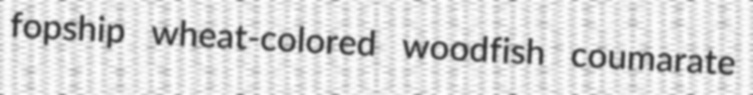
fopship wheat-colored woodfish coumarate